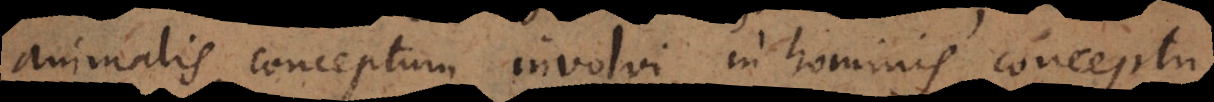
animalis conceptum involvi in hominis conceptu